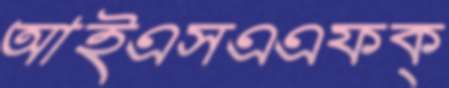
আইএসএএফক্